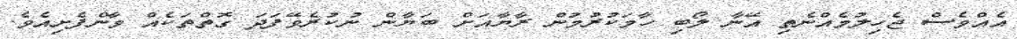
އެއްވެސް ޖެހިލުމެއްނެތި އޭނާ ލޯބި ހާމަކުރުމުން ރާޔާއަށް ބަޔާން ނުކުރެވޭފަދަ ގޮތްތަކެއް ވާންފެށިއެވެ.